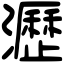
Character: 瀝